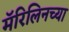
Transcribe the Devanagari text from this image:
मॅरिलिनच्या